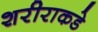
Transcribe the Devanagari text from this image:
शरीराकडे